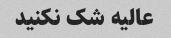
عالیه شک نکنید